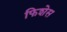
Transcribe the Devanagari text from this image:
फिशेस